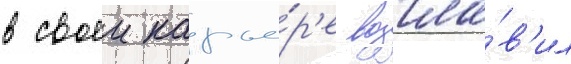
в своеи карье́р'е возгла́в'ил